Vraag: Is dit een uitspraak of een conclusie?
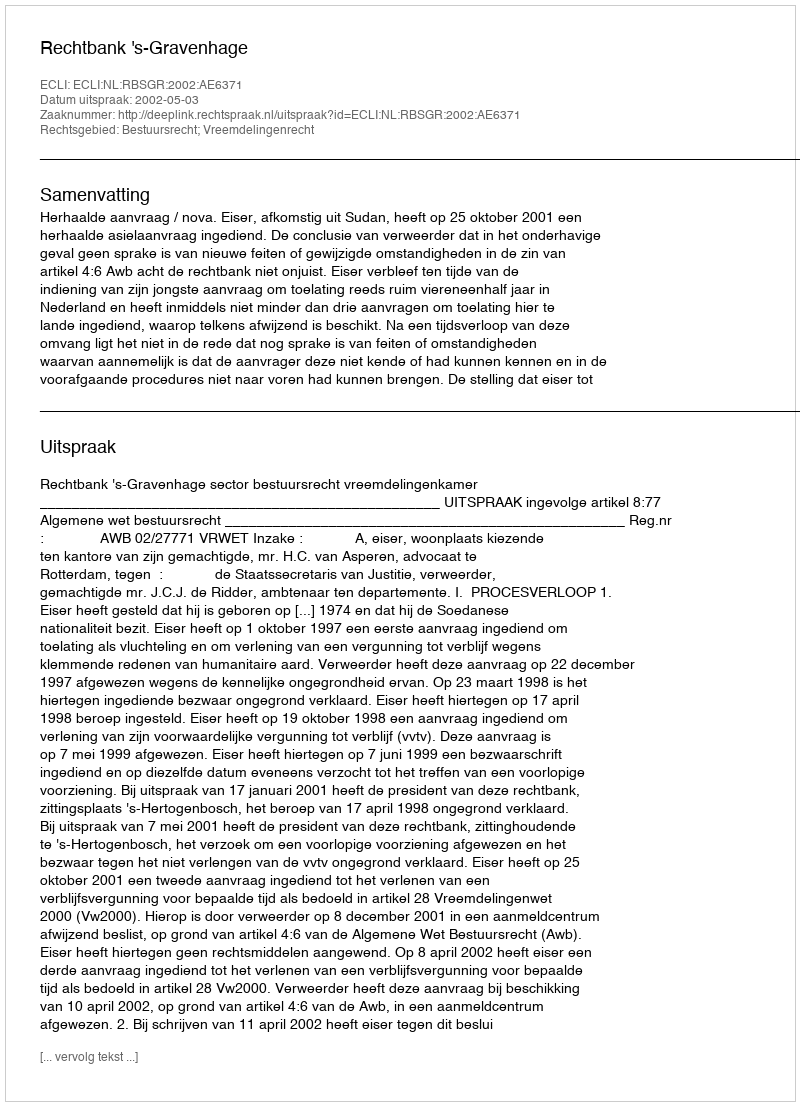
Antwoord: Uitspraak